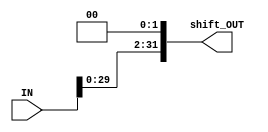
/*
    CO 224 : Lab 06
    shift left by 2; module; written for program counter modifying
    E/16/069
*/

module shift_left2(IN, shift_OUT);

    // port declaration
    input [31:0] IN;
    output reg [31:0] shift_OUT;

    always@(IN)
    begin
        shift_OUT[1:0] = 2'b00;     // two LSBs of output filled with zeroes
        shift_OUT[31:2] = IN[29:0];  // left shift by 2
    end

endmodule